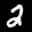
Label: 2